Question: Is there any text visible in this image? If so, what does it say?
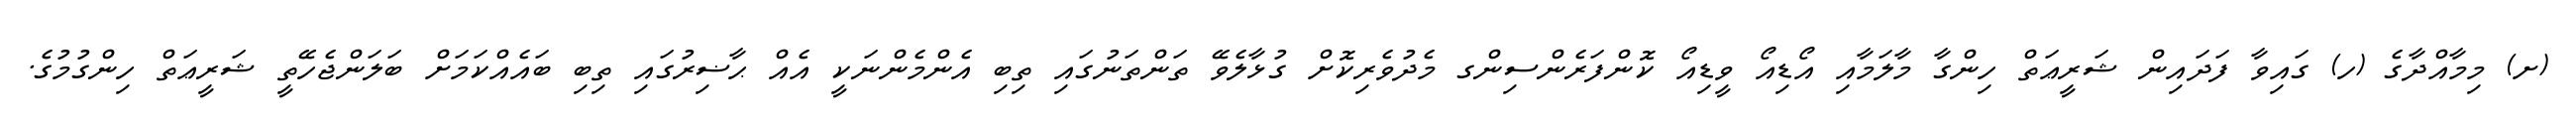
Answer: (ށ) މިމާއްދާގެ (ހ) ގައިވާ ފަދައިން ޝަރީޢަތް ހިންގާ މާލަމާއި އޯޑިއޯ ވީޑިއޯ ކޮންފަރެންސިންގ މެދުވެރިކޮށް ގުޅާލެވޭ ތަންތަނުގައި ތިބި އެންމެންނަކީ އެއް ޙާޟިރުގައި ތިބި ބައެއްކަމަށް ބަލަންޖެހޭތީ ޝަރީޢަތް ހިންގުމުގެ.